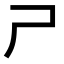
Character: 𡰣